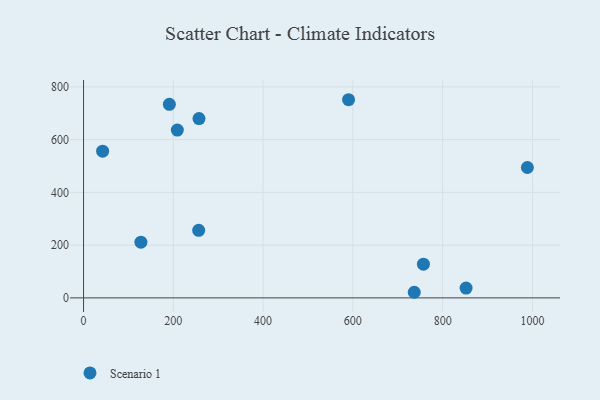
{"axis": {"x": "Study Hours", "y": "Sales"}, "legend": ["Scenario 1"], "data": [{"x": "208.9", "y": 636.2, "type": "Scenario 1"}, {"x": "257.2", "y": 679.6, "type": "Scenario 1"}, {"x": "988.8", "y": 494.2, "type": "Scenario 1"}, {"x": "852.2", "y": 37.2, "type": "Scenario 1"}, {"x": "757.2", "y": 127.7, "type": "Scenario 1"}, {"x": "256.5", "y": 256.2, "type": "Scenario 1"}, {"x": "42.5", "y": 556.2, "type": "Scenario 1"}, {"x": "590.4", "y": 751.2, "type": "Scenario 1"}, {"x": "191.2", "y": 733.6, "type": "Scenario 1"}, {"x": "127.8", "y": 211.2, "type": "Scenario 1"}, {"x": "736.8", "y": 21.3, "type": "Scenario 1"}]}